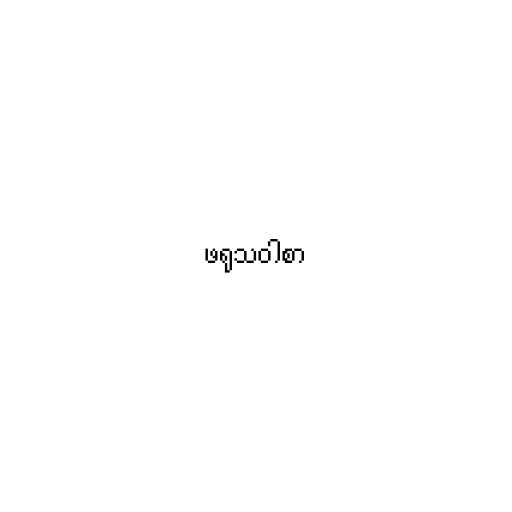
ဖရုသဝါစာ